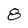
Character: 8